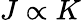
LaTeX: J\propto K